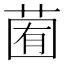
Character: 𦳩